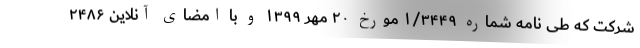
شرکت که طی نامه شماره ۱/۳۴۴۹ مورخ ۲۰ مهر ۱۳۹۹ و با امضای آنلاین ۲۴۸۶